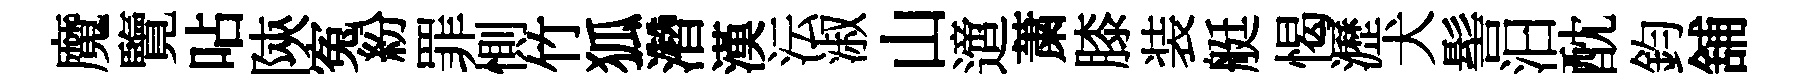
魔覽呫陝寃紛罪惻竹狐濳漢沄淑山𨗁䔥膝装艇愒瀝犬髻汩酖鈞舖